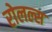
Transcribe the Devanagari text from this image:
रोलल्स